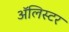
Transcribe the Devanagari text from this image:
अॅलिस्टर